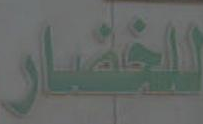
للخضار